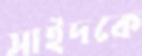
সাইদকে